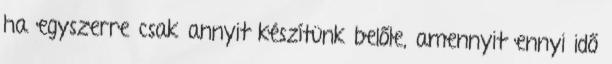
ha egyszerre csak annyit készítünk belőle, amennyit ennyi idő